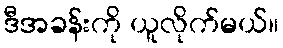
ဒီအခန်းကို ယူလိုက်မယ်။